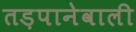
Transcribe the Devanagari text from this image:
तड़पानेवाली